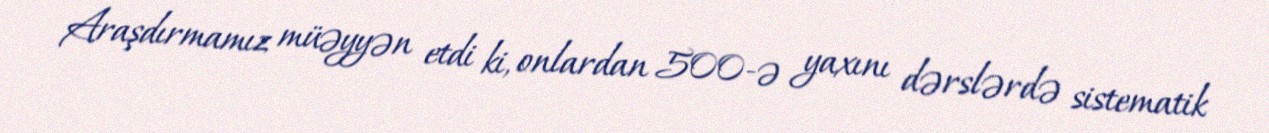
Araşdırmamız müəyyən etdi ki, onlardan 500-ə yaxını dərslərdə sistematik